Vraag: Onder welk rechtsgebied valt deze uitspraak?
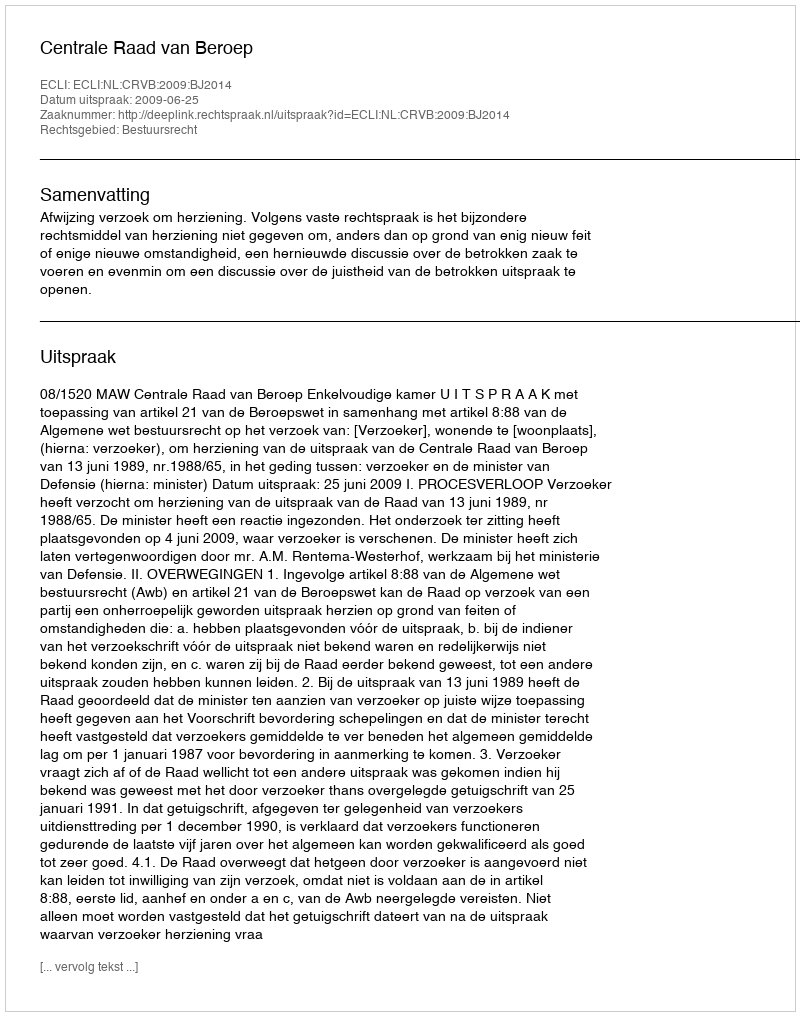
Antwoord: Bestuursrecht